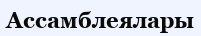
Ассамблеялары